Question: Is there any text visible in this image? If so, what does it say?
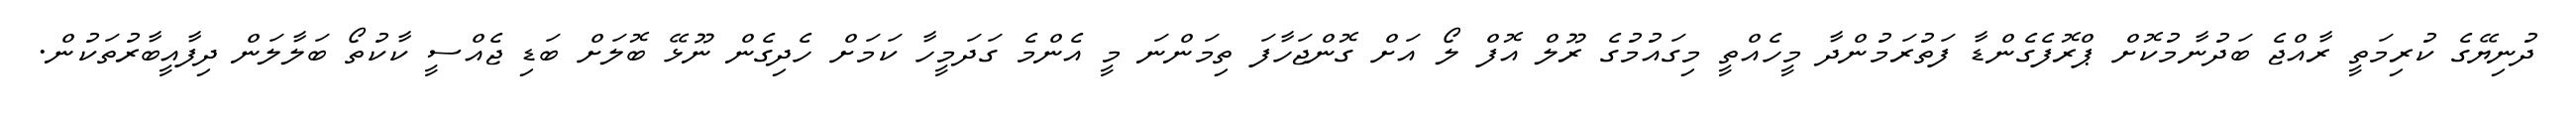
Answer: ދުނިޔޭގެ ކުރިމަތީ ރާއްޖެ ބަދުނާމުކޮށް ޕްރޮފެގެންޑާ ފަތުރަމުންދާ މީހެއްތީ މިގައުމުގެ ރޫލް އޮފް ލޯ އަށް ގޮންޖަހާފަ ތިމަންނަ މީ އެންމެ ގަދަމީހާ ކަމަށް ހެދިގެން ނޫޅޭ ބޮލަށް ބަޑި ޖެއްސީ ކާކުތޯ ބަލާލަން ދިފާއީބާރުތަކުން.